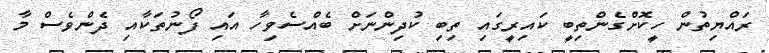
ރައްޔިތުން ހީކޮށްގެންތިބީ ކައިރީގައި ތިބި ކުދިންނަށް ބެއްސެވިހާ އައި ފޯނުތަކާއި ދެންވެސް މާ